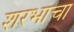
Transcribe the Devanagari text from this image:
शरभाचा